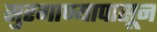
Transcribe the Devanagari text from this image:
सुरगाण्यापासून